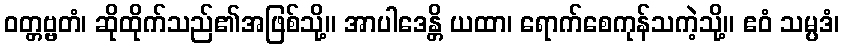
ဝတ္တဗ္ဗတံ၊ ဆိုထိုက်သည်၏အဖြစ်သို့။ အာပါဒေန္တိ ယထာ၊ ရောက်စေကုန်သကဲ့သို့။ ဧဝံ သမ္ပဒံ၊